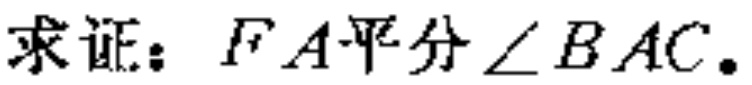
求证：$FA平分\angle BAC.$